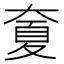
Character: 𡙣